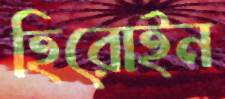
হিরোইন